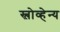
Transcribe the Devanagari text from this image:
स्लोव्हेन्य